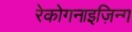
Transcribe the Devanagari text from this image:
रेकोगनाइज़िन्ग